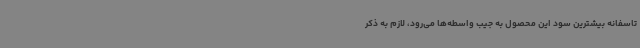
تاسفانه بیشترین سود این محصول به جیب واسطه‌ها می‌رود، لازم به ذکر